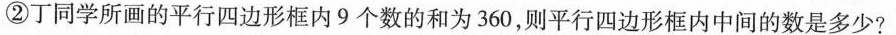
②丁同学所画的平行四边形框内9个数的和为360，则平行四边形框内中间的数是多少?